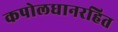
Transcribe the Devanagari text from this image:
कपोलधानरहित